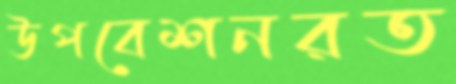
উপবেশনরত